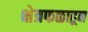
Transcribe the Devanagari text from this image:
क्षेत्रफळाहून